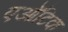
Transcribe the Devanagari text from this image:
एऑटिक